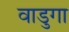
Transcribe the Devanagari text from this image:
वाडुगा